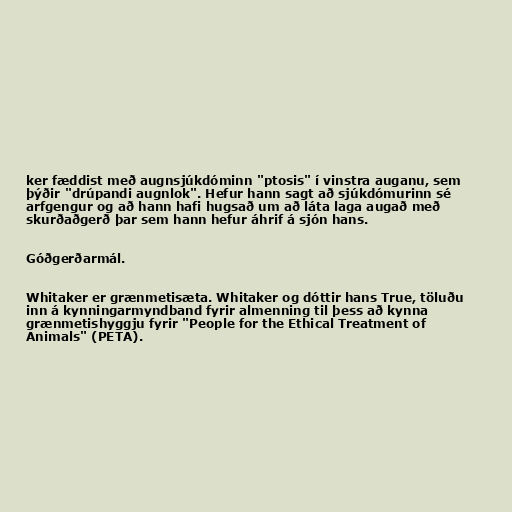
ker fæddist með augnsjúkdóminn "ptosis" í vinstra auganu, sem
þýðir "drúpandi augnlok". Hefur hann sagt að sjúkdómurinn sé
arfgengur og að hann hafi hugsað um að láta laga augað með
skurðaðgerð þar sem hann hefur áhrif á sjón hans.

Góðgerðarmál.

Whitaker er grænmetisæta. Whitaker og dóttir hans True, töluðu
inn á kynningarmyndband fyrir almenning til þess að kynna
grænmetishyggju fyrir "People for the Ethical Treatment of
Animals" (PETA).